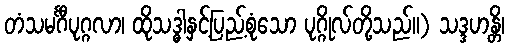
တံသမင်္ဂီပုဂ္ဂလာ၊ ထိုသဒ္ဓါနှင့်ပြည့်စုံသော ပုဂ္ဂိုလ်တို့သည်။) သဒ္ဒဟန္တိ၊